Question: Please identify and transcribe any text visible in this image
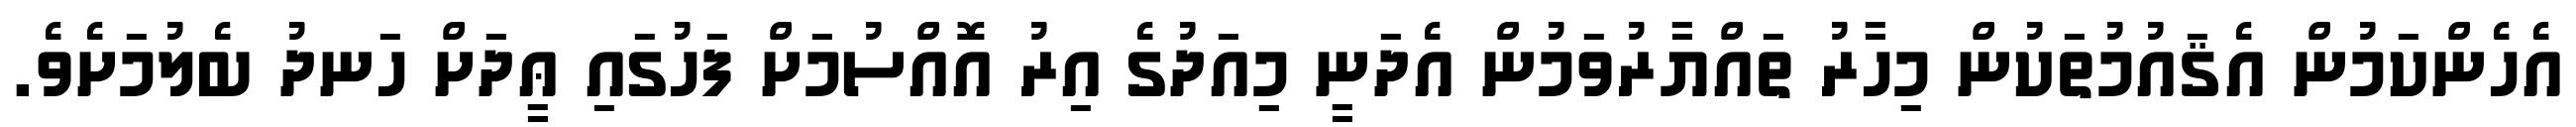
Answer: އެހެންކަމުން އެޤައުމުތަކުން މިހާރު ތައްޔާރުވަމުން އެދަނީ މިއަދުގެ އިރު އޮއްސުމަށް ފަހުގައި ޢީދަށް ހަނދު ބެލުމަށެވެ.